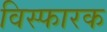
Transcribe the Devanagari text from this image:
विस्फारक